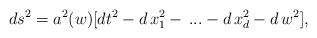
LaTeX: \begin{align*}ds^2 = a^2(w) [ dt^2 - d\,x_1^2 -\,...-d\,x_{d}^2 - d\,w^2],\end{align*}